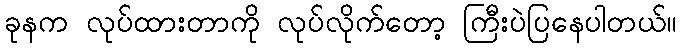
ခုနက လုပ်ထားတာကို လုပ်လိုက်တော့ ကြီးပဲပြနေပါတယ်။